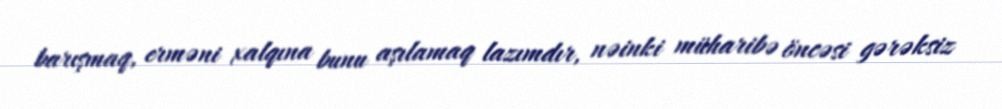
barışmaq, erməni xalqına bunu aşılamaq lazımdır, nəinki müharibə öncəsi gərəksiz